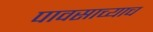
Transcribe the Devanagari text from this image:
पावसाच्याच